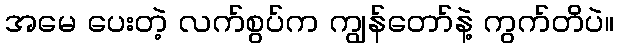
အမေ ပေးတဲ့ လက်စွပ်က ကျွန်တော်နဲ့ ကွက်တိပဲ။